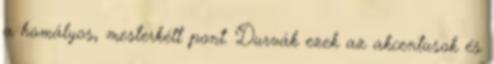
a homályos, mesterkélt pont. Durvák ezek az akcentusok és